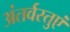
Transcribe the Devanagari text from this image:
अंतर्वस्तुएं